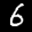
Label: 6